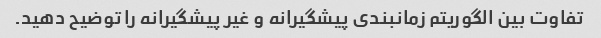
تفاوت بین الگوریتم زمانبندی پیشگیرانه و غیر پیشگیرانه را توضیح دهید.